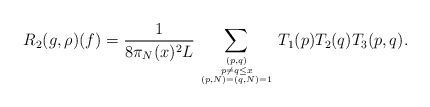
\begin{align*}R_2(g,\rho)(f) = \frac{1}{8 \pi_N(x)^2L}\sum_{(p,q) \atop {p \neq q \leq x \atop{(p,N) = (q,N) = 1}}} T_1(p)T_2(q)T_3(p,q).\end{align*}